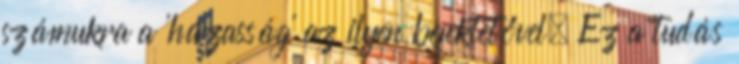
számukra a 'házasság' az ilyen befektetővel. Ez a tudás